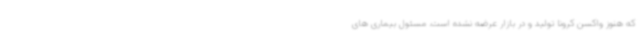
که هنوز واکسن کرونا تولید و در بازار عرضه نشده است. مسئول بیماری های